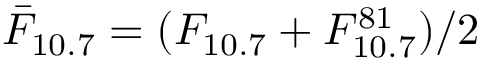
\bar { F } _ { 1 0 . 7 } = ( F _ { 1 0 . 7 } + F _ { 1 0 . 7 } ^ { 8 1 } ) / 2